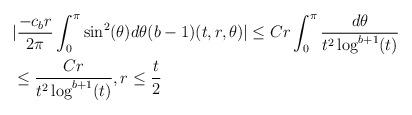
LaTeX: \begin{align*}&|\frac{-c_{b}r}{2\pi} \int_{0}^{\pi} \sin^{2}(\theta) d\theta (b-1)(t,r,\theta)| \leq C r \int_{0}^{\pi} \frac{d\theta}{t^{2} \log^{b+1}(t)} \\&\leq \frac{C r}{t^{2} \log^{b+1}(t)}, r \leq \frac{t}{2}\end{align*}